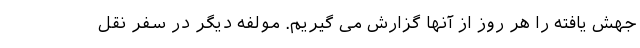
جهش یافته را هر روز از آنها گزارش می گیریم. مولفه دیگر در سفر نقل